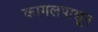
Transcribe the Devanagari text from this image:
कागलपासून